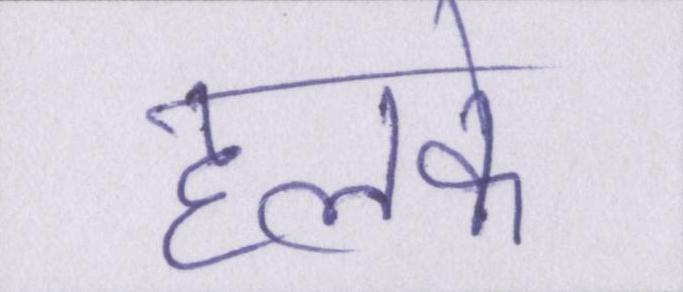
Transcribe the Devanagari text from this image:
हलके